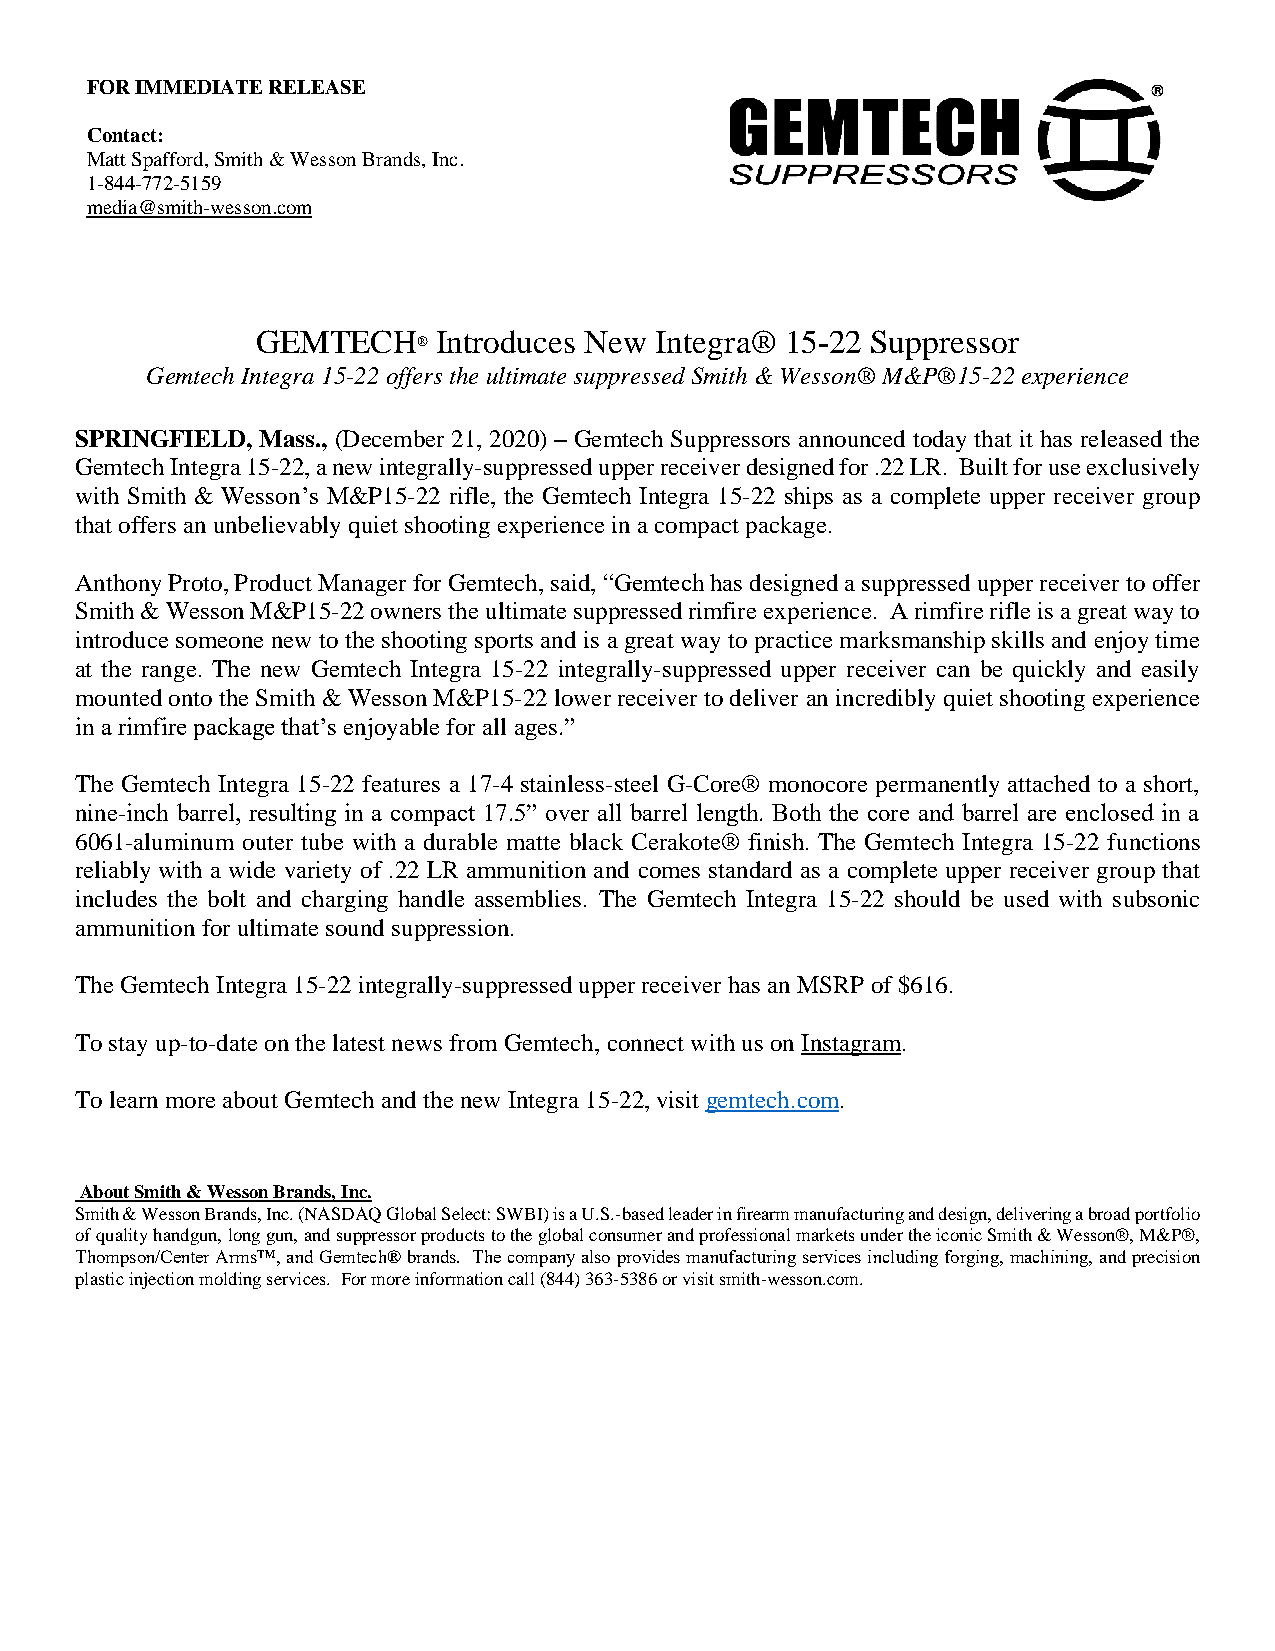
FOR IMMEDIATE RELEASE
 Contact:
 Matt Spafford, Smith & Wesson Brands, Inc.
 1-844-772-5159
 media@smith-wesson.com
 GEMTECH     Introduces New Integra® 15-22 Suppressor
 ®
 Gemtech Integra 15-22 offers the ultimate suppressed Smith & Wesson® M&P®15-22 experience
 SPRINGFIELD, Mass., (December 21, 2020) – Gemtech Suppressors announced today that it has released the
 Gemtech Integra 15-22, a new integrally-suppressed upper receiver designed for .22 LR. Built for use exclusively
 with Smith & Wesson’s M&P15-22 rifle, the Gemtech Integra 15-22 ships as a complete upper receiver group
 that offers an unbelievably quiet shooting experience in a compact package.
 Anthony Proto, Product Manager for Gemtech, said, “Gemtech has designed a suppressed upper receiver to offer
 Smith & Wesson M&P15-22 owners the ultimate suppressed rimfire experience. A rimfire rifle is a great way to
 introduce someone new to the shooting sports and is a great way to practice marksmanship skills and enjoy time
 at the range. The new Gemtech Integra 15-22 integrally-suppressed upper receiver can be quickly and easily
 mounted onto the Smith & Wesson M&P15-22 lower receiver to deliver an incredibly quiet shooting experience
 in a rimfire package that’s enjoyable for all ages.”
 The Gemtech Integra 15-22 features a 17-4 stainless-steel G-Core® monocore permanently attached to a short,
 nine-inch barrel, resulting in a compact 17.5” over all barrel length. Both the core and barrel are enclosed in a
 6061-aluminum outer tube with a durable matte black Cerakote® finish. The Gemtech Integra 15-22 functions
 reliably with a wide variety of .22 LR ammunition and comes standard as a complete upper receiver group that
 includes the bolt and charging handle assemblies. The Gemtech Integra 15-22 should be used with subsonic
 ammunition for ultimate sound suppression.
 The Gemtech Integra 15-22 integrally-suppressed upper receiver has an MSRP of $616.
 To stay up-to-date on the latest news from Gemtech, connect with us on Instagram.
 To learn more about Gemtech and the new Integra 15-22, visit gemtech.com.
 About Smith & Wesson Brands, Inc.
 Smith & Wesson Brands, Inc. (NASDAQ Global Select: SWBI) is a U.S.-based leader in firearm manufacturing and design, delivering a broad portfolio
 of quality handgun, long gun, and suppressor products to the global consumer and professional markets under the iconic Smith & Wesson®, M&P®,
 Thompson/Center Arms™, and Gemtech® brands. The company also provides manufacturing services including forging, machining, and precision
 plastic injection molding services. For more information call (844) 363-5386 or visit smith-wesson.com.